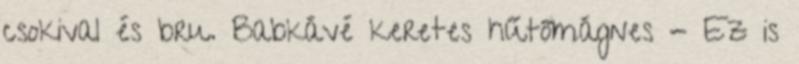
csokival és bru. Babkávé keretes hűtőmágnes - Ez is